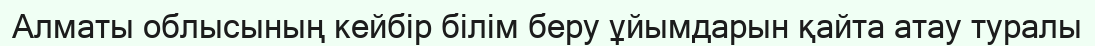
Алматы облысының кейбір білім беру ұйымдарын қайта атау туралы